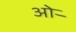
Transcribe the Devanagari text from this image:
ओर्‍